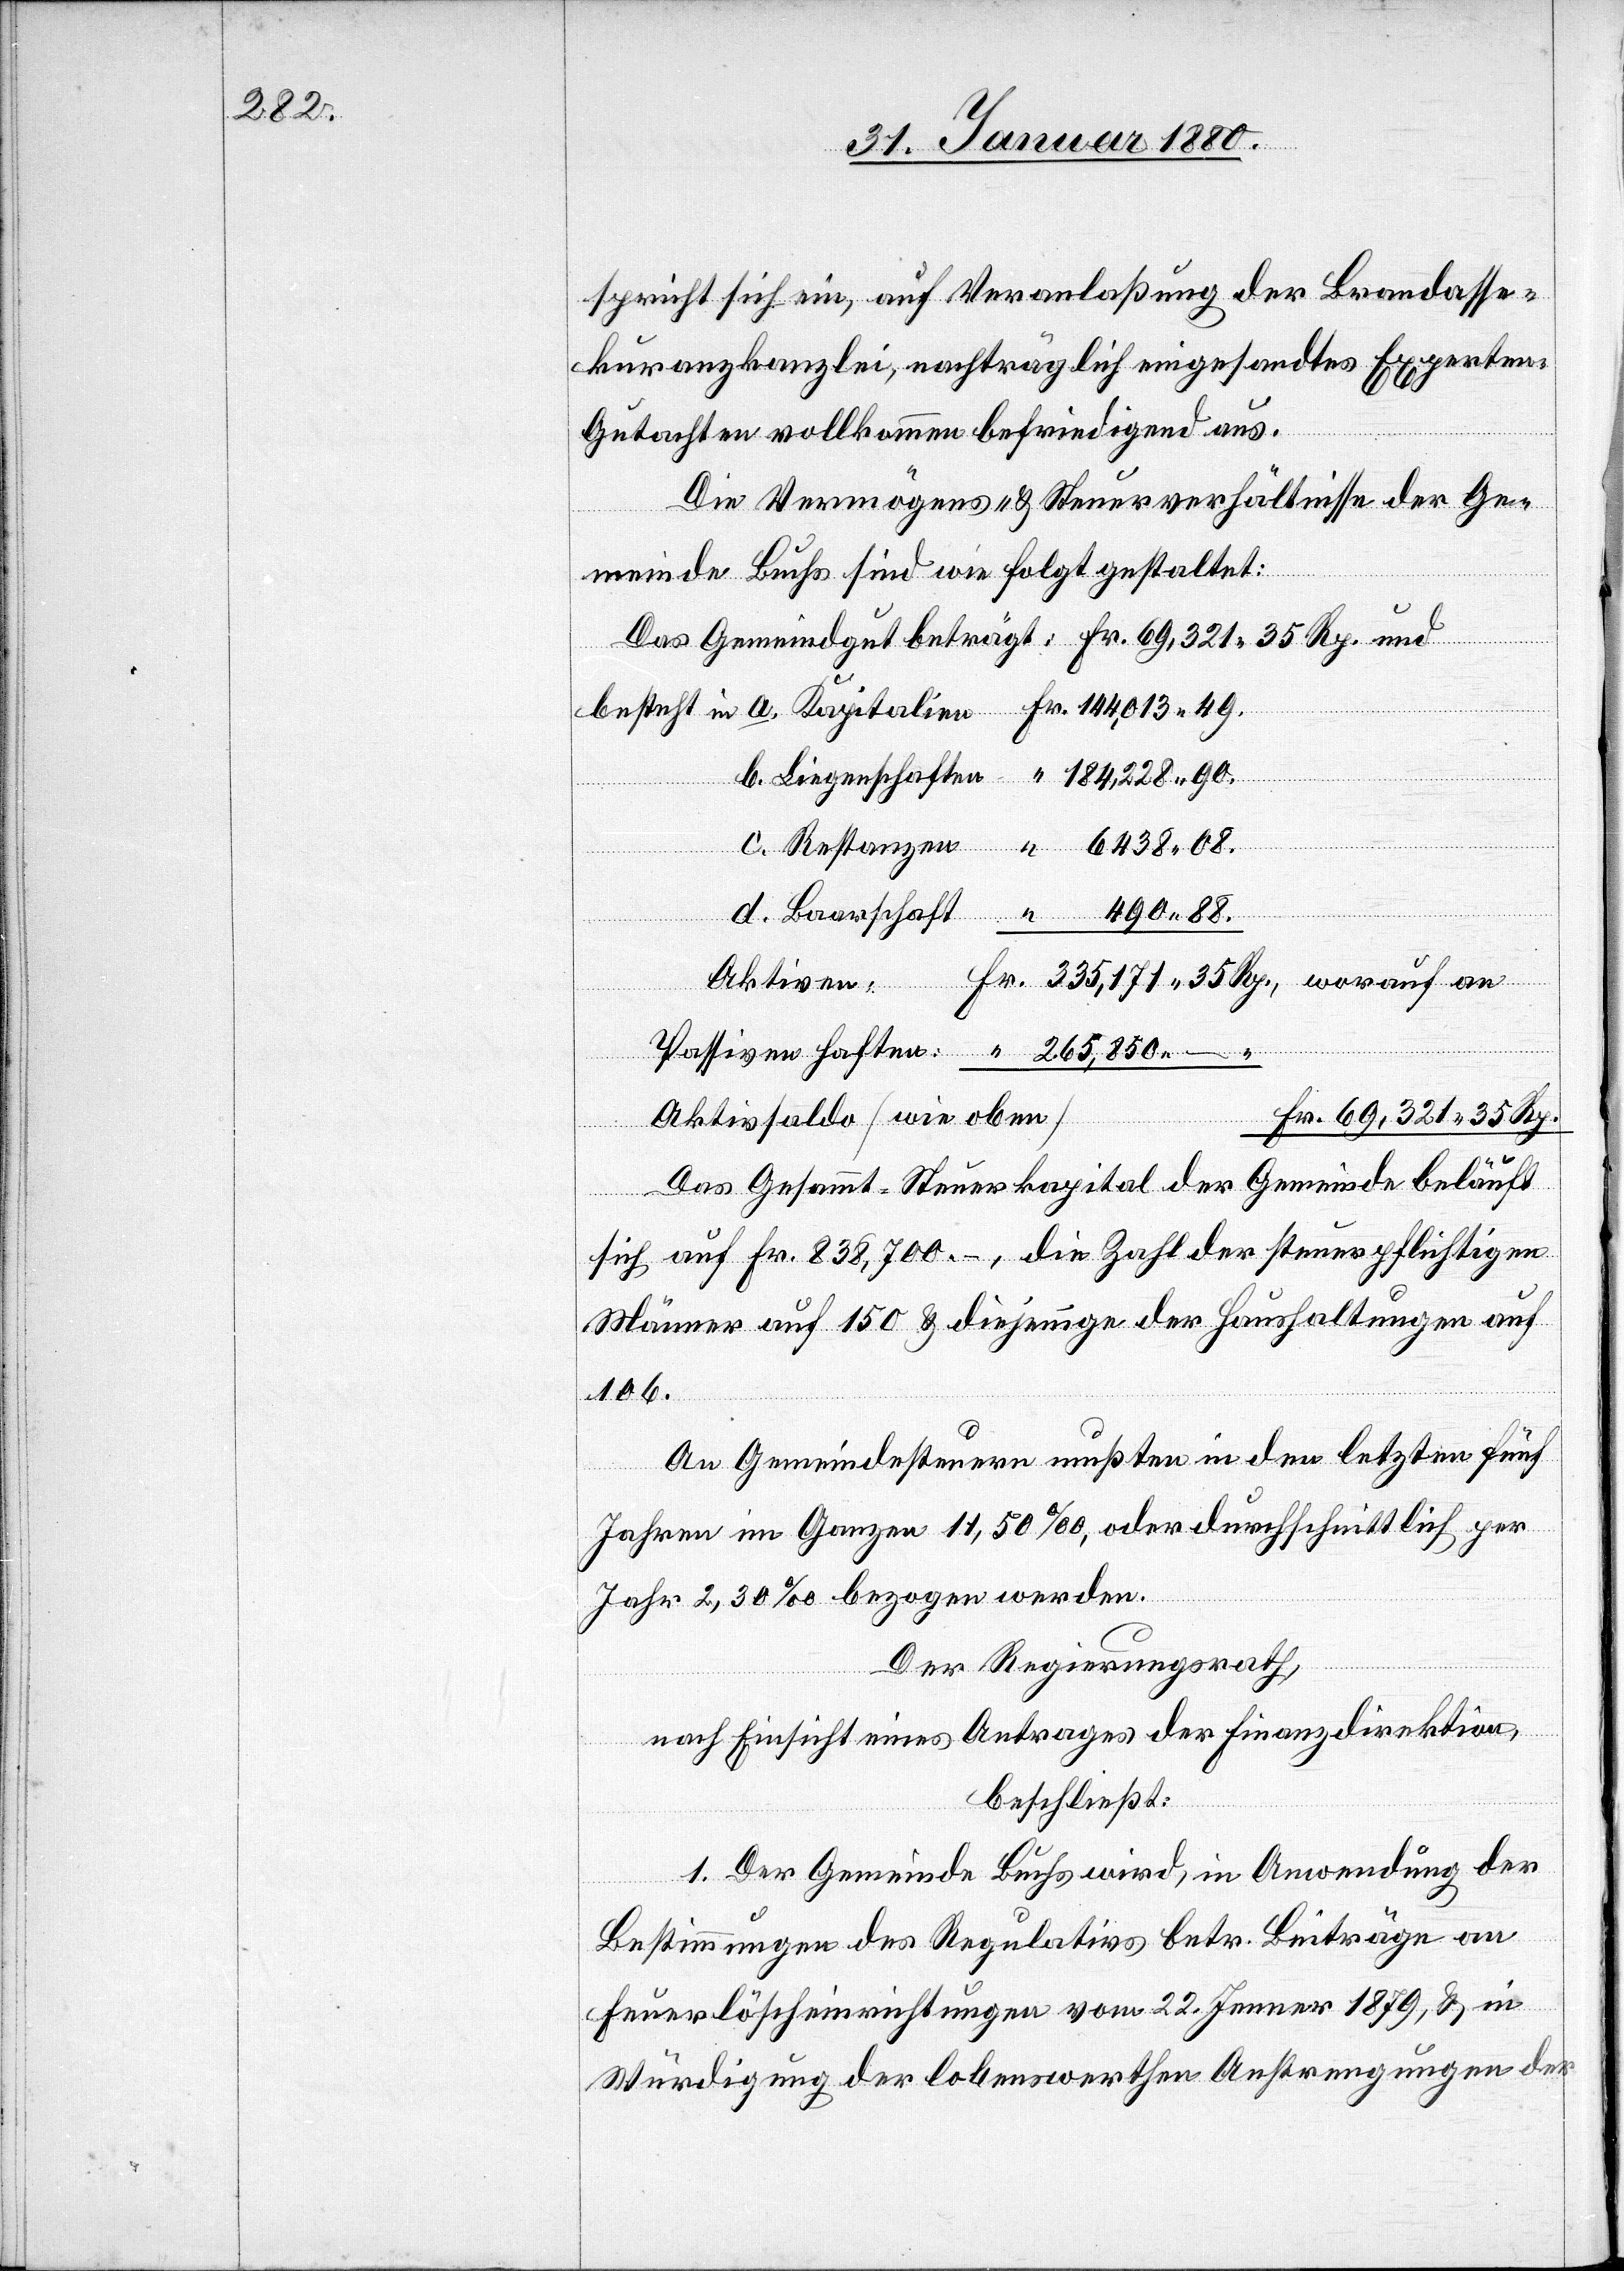
spricht sich ein, auf Veranlaßung der Brandasse¬
kuranzkanzlei, nachträglich eingesandtes Experten-G¬
utachten vollkommen befriedigend aus.
Die Vermögens- & Steuerverhältnisse der Ge¬
meinde Buchs sind wie folgt gestaltet:
Aktivsaldo [wie oben]
Fr. 69, 321 35 Rp.
Das Gesammt-Steuerkapital der Gemeinde Buchs
sich auf Fr. 838,700 –, die Zahl der steuerpflichtigen
Männer auf 150 & diejenige der Haushaltungen auf
106.
An Gemeindesteuern mußten in den letzten fünf
d.
Jahren im Ganzen 11, 50 ‰, oder durchschnittlich per
Jahr 2, 30 ‰ bezogen werden.
Der Regierungsrath,
nach Einsicht eines Antrages der Finanzdirektion,
beschließt:
1. Der Gemeinde Buchs wird, in Anwendung der
Bestimmungen des Regulativs betr. Beiträge an
Feuerlöscheinrichtungen vom 22. Jenner 1879, & in
Würdigung der lobenswerthen Anstrengungen der